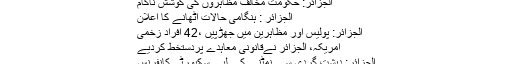
الجزائر: حکومت مخالف مظاہروں کی کوشش ناکام
الجزائر : ہنگامی حالات اٹھانے کا اعلان
الجزائر: پولیس اور مظاہرین میں جھڑپیں ،42 افراد زخمی
امریکہ، الجزائر نےقانونی معاہدے پردستخط کردیے
الجزائر: دہشت گردی سے نمٹنے کے لیے سکیورٹی کانفرنس